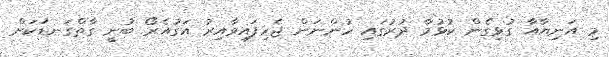
މި އަނިޔާއާ ގުޅިގެން ކުޅުމާ ދުރުގައި ހުންނަން ޖެހިފައިވާއިރު އަގުއެރޯ ބުނީ ގާތްގަނޑަކަށް